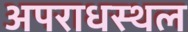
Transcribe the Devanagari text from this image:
अपराधस्थल